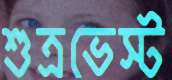
শুত্রভেস্ট